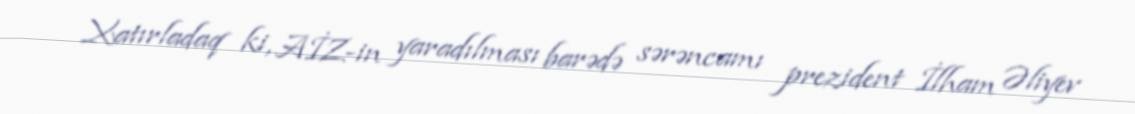
Xatırladaq ki, AİZ-in yaradılması barədə sərəncamı prezident İlham Əliyev